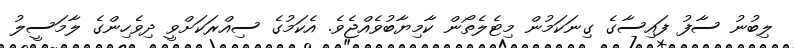
ލިބުނު ސާފު ފައިސާގެ ގިނަކަމުން މިޓެލެތޯން ކާމިޔާބުވެއްޖެވެ. އެކަމުގެ ސިއްރަކަށްވީ ދިވެހިންގެ ލާމަސީލު